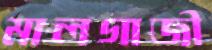
মালগাজী